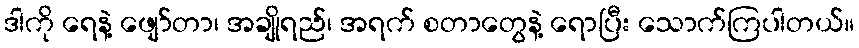
ဒါကို ရေနဲ့ ဖျော်တာ၊ အချိုရည်၊ အရက် စတာတွေနဲ့ ရောပြီး သောက်ကြပါတယ်။